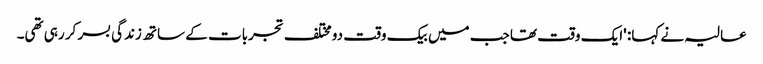
عالیہ نے کہا: 'ایک وقت تھا جب میں بیک وقت دو مختلف تجربات کے ساتھ زندگی بسر کر رہی تھی۔